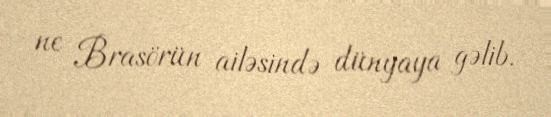
ne Brasörün ailəsində dünyaya gəlib.